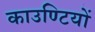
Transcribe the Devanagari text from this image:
काउण्टियों